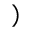
)